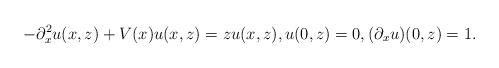
LaTeX: \begin{align*}-\partial_x^2 u(x,z) + V(x) u(x,z) = z u(x,z), u(0,z)=0,(\partial_x u)(0,z) = 1.\end{align*}